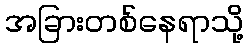
အခြားတစ်နေရာသို့